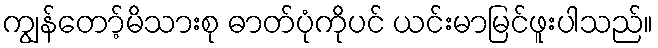
ကျွန်တော့်မိသားစု ဓာတ်ပုံကိုပင် ယင်းမာမြင်ဖူးပါသည်။